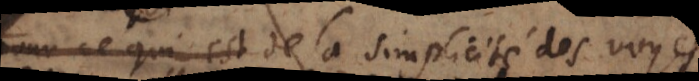
Pour ce qui est de la simplicité des voyes